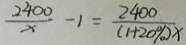
\frac { 2 4 0 0 } { x } - 1 = \frac { 2 4 0 0 } { ( 1 + 2 0 \% ) x }